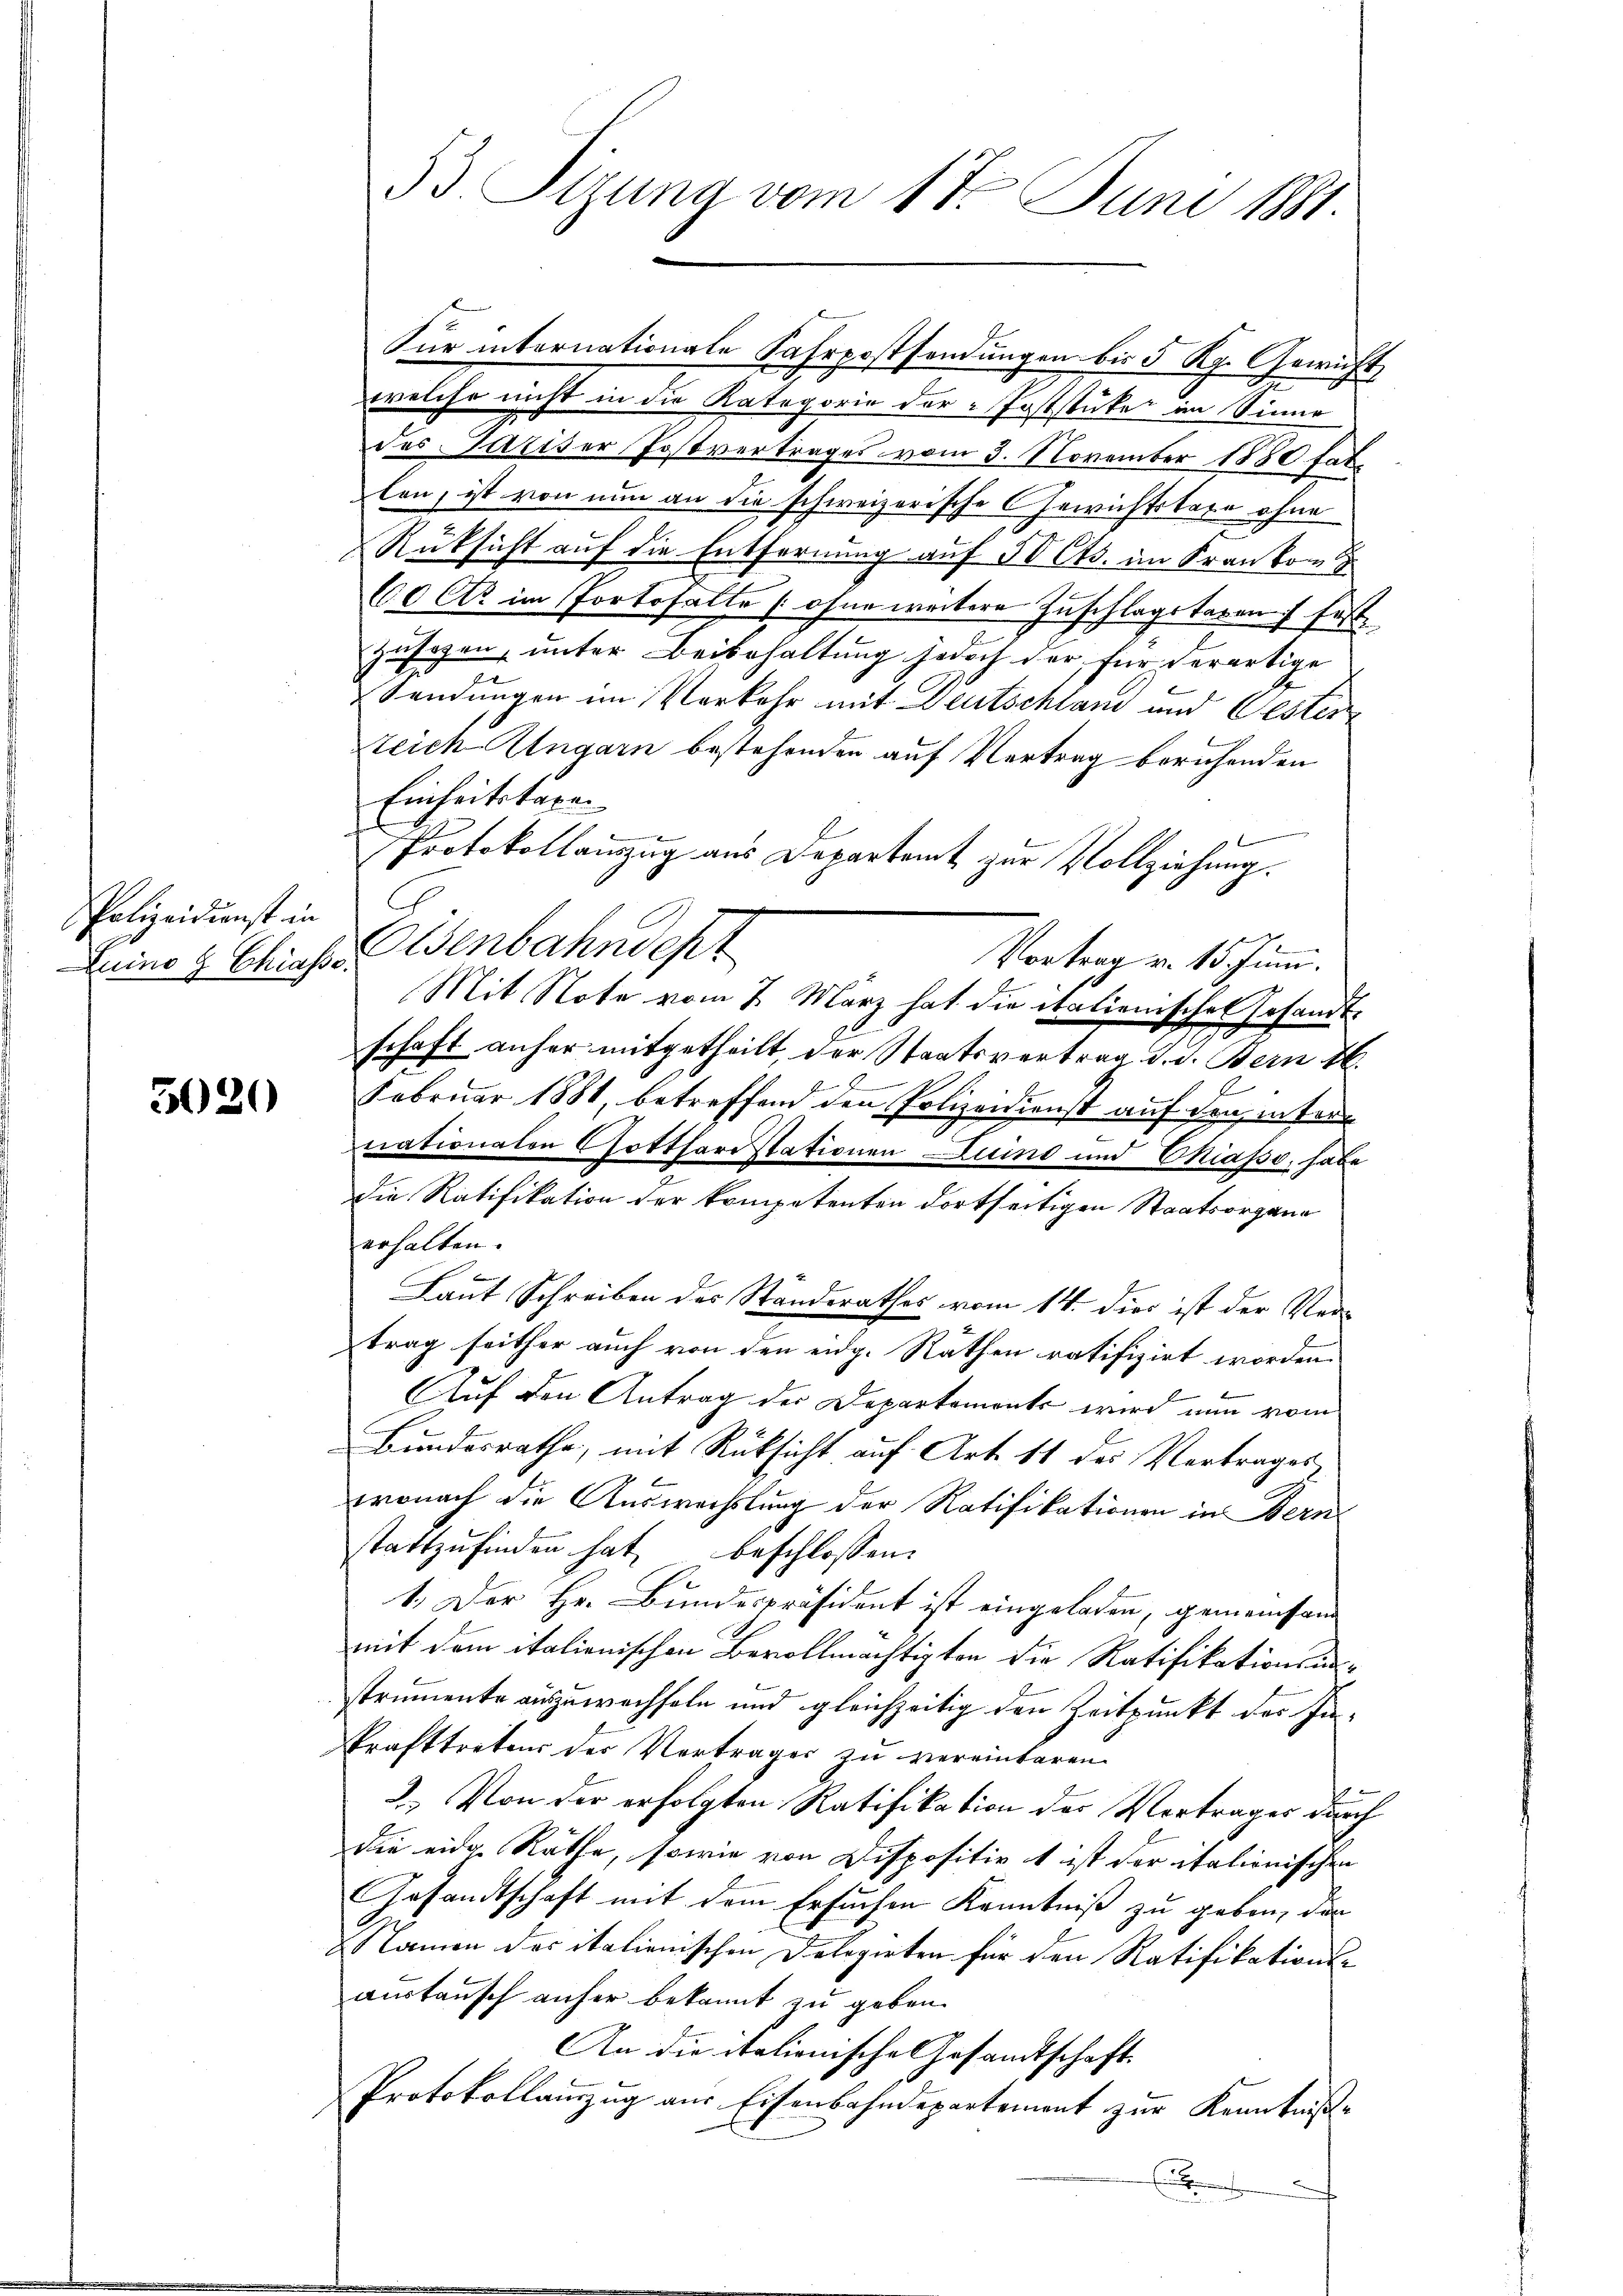
Polizeidienst in
Luino 9 Chiasso.

3020

Kur internationale Fahrpostsendungen bis 5 Rp. Gewicht
welche nicht in die Kategorie der Poststute im Sinne
des Pariser Postvertrages vom 3. November 1880 hatlon, ist von nun an die schweizerische Gewichtstage ohne
Rüksicht auf die Entfernung auf 50 Cts. im Frankom
60 Cts. im Portosalte (ohne weitere Zuschlagstagen festzusagen, unter Beibehaltung jedoch der für derartige

Sendungen im Verkehr mit Deutschlan und Gester
teich-Ungarn bestehenden auf Vertrag beruhenden
Einheitstaxen
Protokollauszug aus Departamt zur Vollziehung.
C
Olsenbahndept
Vortrag v. 15. Juni.
Mit Note vom 2. März hat die italienisches Gesandtschaft anher mitgetheilt, der Staatsvertrag d. d. Bern 16.
Februar 1881, betreffend den Polizeidienst auf den inter
nationalen Gotthardstationen und und Chiasso, habe
die Ratifikation der kompetenten dortseitigen Staatsorgane
erhalten.
B
Laut Schreiben des Standerathes vom 14. dies ist der Ver-
trag seither auch von den eidg. Räthen ratifizirt worden.
B
Auf den Antrag der Departemonts wird nun vom
Bundesrathe, mit Rüksicht auf Art. 11 des Vortrages
wonach die Auswechslung der Ratifikationen in Bern
stattzufinden hat, beschlossen:
1. Der Hr. Bundespräsident ist eingeladen, gemeinsam
2
mit dem italienischen Bevollmächtigten die Ratifikationsanstrumente auszuwechseln und gleichzeitig den Zeitpunkt des Inkrafttreten der Vertrages zu vereinbaren
2
2.) Von der erfolgten Ratifikation der Vortrages durch
die eidg. Räthe, sowie von Dispositiv t ist der italionischen
Gesandtschaft mit dem Ersuchen Kenntniß zu geben, den
Namen des italienischen Delegirten für den Ratifikations-
austausch anher bekannt zu geben.
An die italienische Gesandtschaft
Protokollamzug aus Eisenbahndepartement zur Kenntniß¬
.

33. Stzung vom 17. Juni 1881.